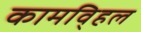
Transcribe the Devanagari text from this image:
कामवि्हल